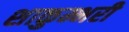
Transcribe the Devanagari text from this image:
शाकुम्भरी